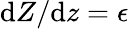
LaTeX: \mathrm{d}Z/\mathrm{d}z=\epsilon